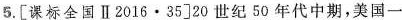
5.[课标全国Ⅱ2016\cdot 35]20世纪50年代中期，美国一